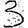
Digit: 3